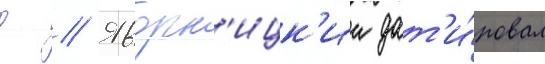
д // Яворн'ицк'ии дат'и́ровал